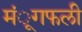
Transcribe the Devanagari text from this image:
मंूगफली